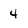
Character: 4